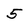
Character: 5